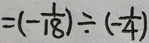
= ( - \frac { 1 } { 1 8 } ) \div ( - \frac { 1 } { 4 } )